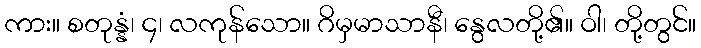
ကား။ စတုန္နံ၊ ၄၊ လကုန်သော။ ဂိမှမာသာနီ၊ နွေလတို့၏။ ဝါ၊ တို့တွင်။